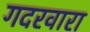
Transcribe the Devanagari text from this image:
गदरवारा